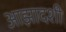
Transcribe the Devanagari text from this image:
आझादशी